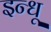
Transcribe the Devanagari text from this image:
इन्धू